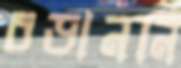
চড়াননি